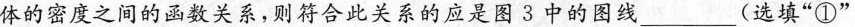
体的密度之间的函数关系，则符合此关系的应是图3中的图线___(选填”①。